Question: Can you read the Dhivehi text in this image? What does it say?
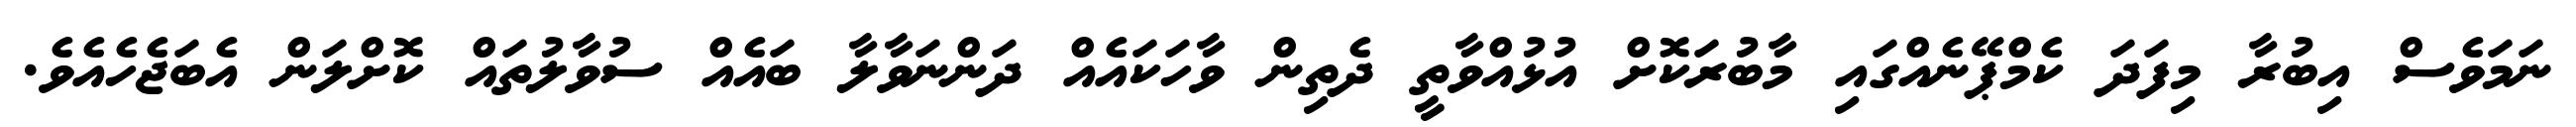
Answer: ނަމަވެސް އިބުރާ މިފަދަ ކެމްޕޭނެއްގައި މާބުރަކޮށް އުޅުއްވާތީ ދެތިން ވާހަކައެއް ދަންނަވާލާ ބައެއް ސުވާލުތައް ކޮށްލަން އެބަޖެހެއެވެ.